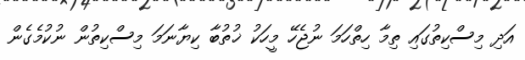
އަދި މިސްކިތުގައި ތިމާ ހިތްހަމަ ނުޖެހޭ މީހަކު ޚުތުބާ ކިޔާނަމަ މިސްކިތުން ނުކުމެގެން